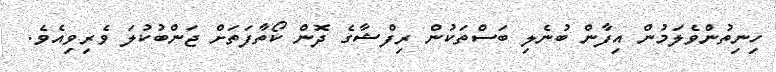
ހިނިތުންވެލަމުން އިފާން ބުނެލި ބަސްތަކުން ރިފްޝާގެ ދޮން ކޯތާފަތަށް ޖަންބުކުލަ ވެރިވިއެވެ.